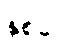
နှစ်ပေ